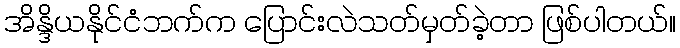
အိန္ဒိယနိုင်ငံဘက်က ပြောင်းလဲသတ်မှတ်ခဲ့တာ ဖြစ်ပါတယ်။